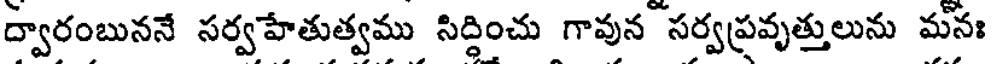
ద్వారంబుననే సర్వహేతుత్వము సిద్ధించు గావున సర్వప్రవృత్తులును మనః